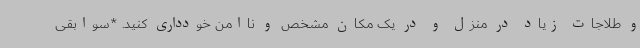
و طلاجات زیاد در منزل و در یک مکان مشخص و ناامن خودداری کنید. *سوابقی